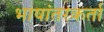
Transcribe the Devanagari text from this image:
भाषांतरकर्ता